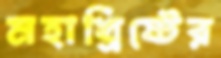
মহাখ্রিষ্টের